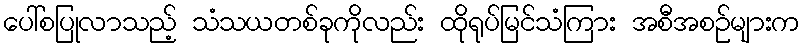
ပေါ်စပြုလာသည့် သံသယတစ်ခုကိုလည်း ထိုရုပ်မြင်သံကြား အစီအစဉ်များက